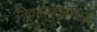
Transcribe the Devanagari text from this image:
निवडणुंकामध्ये